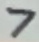
Text: 7